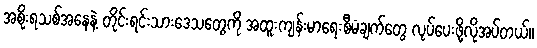
အစိုးရသစ်အနေနဲ့ တိုင်းရင်းသားဒေသတွေကို အထူးကျန်းမာရေးစီမံချက်တွေ လုပ်ပေးဖို့လိုအပ်တယ်။